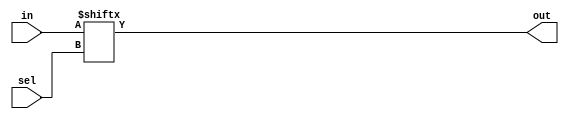
// Exercise 3-1-2-4: 256-to-1 Mux
module Mux_256to1 (
    input [255:0] in,
    input [7:0] sel,
    output out
);
    // use sel as index
    assign out = in[sel];
endmodule